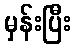
မှန်းပြီး